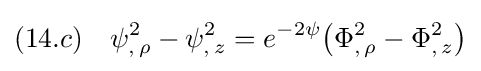
(14.c)\quad \psi _{,\,\rho }^{2}-\psi _{,\,z}^{2}=e^{-2\psi }{\big (}\Phi _{,\,\rho }^{2}-\Phi _{,\,z}^{2}{\big )}